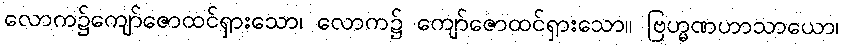
လောက၌ကျော်ဇောထင်ရှားသော၊ လောက၌ ကျော်ဇောထင်ရှားသော။ ဗြဟ္မဏဟာသာယော၊